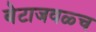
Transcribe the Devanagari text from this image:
बेटाजवळ्च